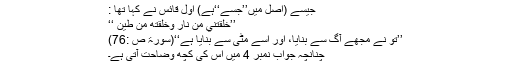
جیسے (اصل میں’’جسے‘‘ہے) اول قائس نے کہا تھا :
’’خَلَقْتَنِي مِن نَّارٍ‌ وَخَلَقْتَهُ مِن طِينٍ ‘‘
’’تو نے مجھے آگ سے بنایا، اور اسے مٹی سے بنایا ہے‘‘(سورۃ ص :76)
چنانچہ جواب نمبر 4 میں اس کی کچھ وضاحت آتی ہے۔